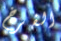
الفرخ